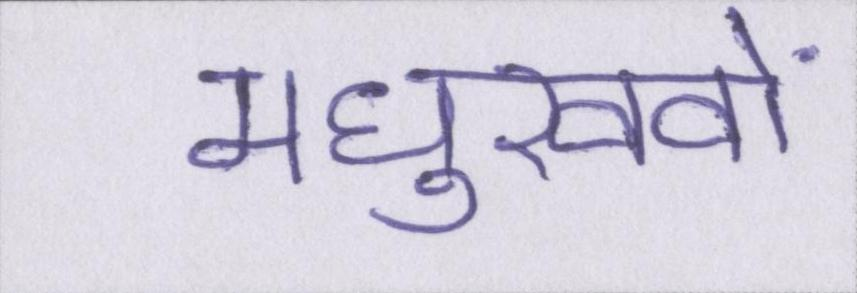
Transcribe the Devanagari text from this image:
मधुखवों